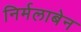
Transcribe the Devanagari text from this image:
निर्मलाबेन